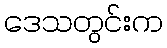
ဒေသတွင်းက